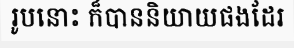
រូបនោះ ក៏បាននិយាយផងដែរ